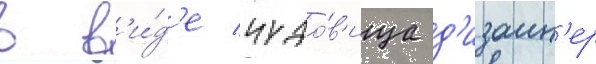
в в'и́д'е чудо́в'ища д'изаин'ер